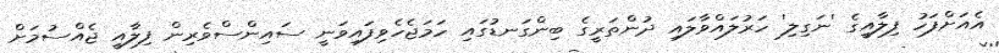
އެއަށްފަހު ފިލާއީގެ 'ނަގިލި' ހަރުލައްވާލައި ދުންތަރީގެ ބިންގަނޑުގައި ހަމަޖެހެވިފައިވަނީ ސައިންސްވެރިން ފިލާއީ ޖެއްސުމަށް